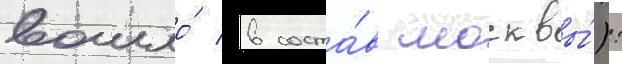
вошло́ в соста́в москвы́):